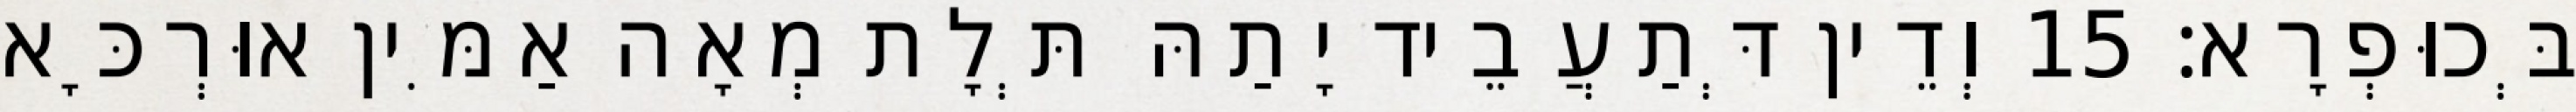
בְּכוּפְרָא׃ 15 וְדֵין דְּתַעֲבֵיד יָתַהּ תְּלָת מְאָה אַמִּין אוּרְכָּא